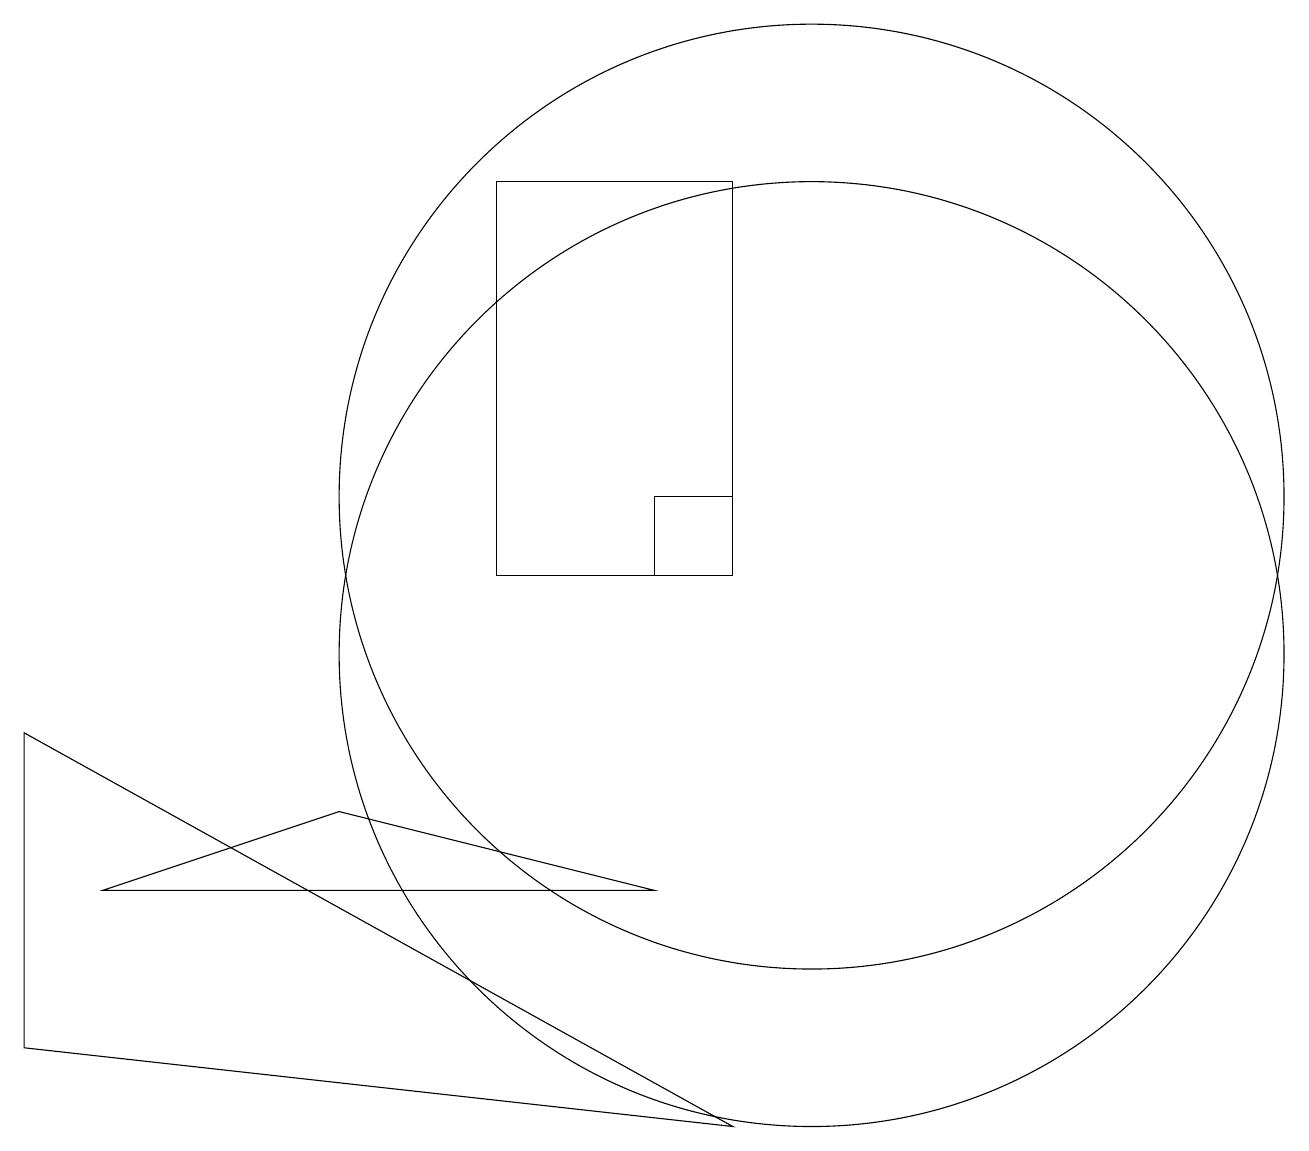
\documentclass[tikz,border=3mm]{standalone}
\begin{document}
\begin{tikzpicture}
\draw (9,4) -- (0,9) -- (0,5) -- cycle;
\draw (10,12) circle (6);
\draw (10,10) circle (6);
\draw (6,11) rectangle (9,16);
\draw (1,7) -- (8,7) -- (4,8) -- cycle;
\draw (8,11) rectangle (9,12);
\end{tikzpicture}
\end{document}